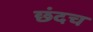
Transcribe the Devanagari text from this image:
छंदच